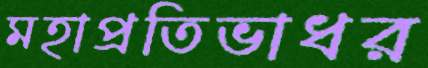
মহাপ্রতিভাধর